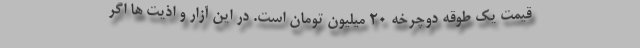
قیمت یک طوقه دوچرخه 20 میلیون تومان است. در این آزار و اذیت ها اگر